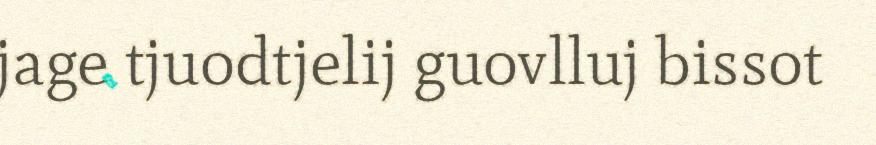
jage tjuodtjelij guovlluj bissot